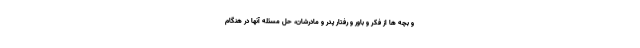
و بچه ها از فکر و باور و رفتار پدر و مادرشان، حل مسئله آنها در هنگام